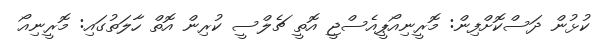
ކުޅުން ދަސްކޮށްފިން: މޮރީނިއޯޕީއެސްޖީ އޮތީ ޗެލްސީ ކުރިން އޮތް ހާލަތުގައި: މޮރީނިއޯ